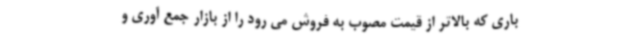
باری که بالاتر از قیمت مصوب به فروش می رود را از بازار جمع آوری و